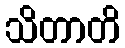
သိတာတိ